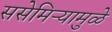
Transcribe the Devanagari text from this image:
ससेमिऱ्यामुळे